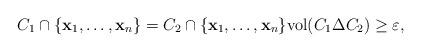
LaTeX: \begin{align*} C_1 \cap \{\mathbf{x}_1, \dots, \mathbf{x}_n\} = C_2 \cap \{\mathbf{x}_1, \dots, \mathbf{x}_n\} \textup{vol} (C_1 \Delta C_2) \geq \varepsilon,\end{align*}